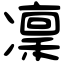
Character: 凜